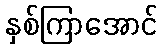
နှစ်ကြာအောင်